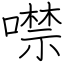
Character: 噤